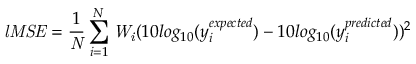
\mathit { l M S E } = \frac { 1 } { \mathit { N } } \sum _ { i = 1 } ^ { N } \mathit { W _ { i } } ( 1 0 l o g _ { 1 0 } ( y _ { i } ^ { e x p e c t e d } ) - 1 0 l o g _ { 1 0 } ( y _ { i } ^ { p r e d i c t e d } ) ) ^ { 2 }